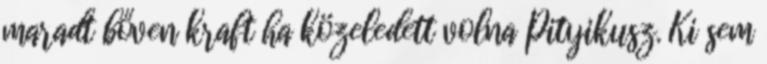
maradt bőven kraft ha közeledett volna Pityikusz. Ki sem